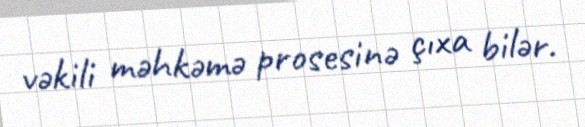
vəkili məhkəmə prosesinə çıxa bilər.